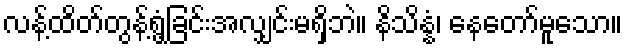
လန့်ထိတ်တွန့်ရွံ့ခြင်းအလျှင်းမရှိဘဲ။ နိသိန္နံ၊ နေတော်မူသော။